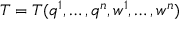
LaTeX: T = T ( q ^ { 1 } , \ldots , q ^ { n } , w ^ { 1 } , \ldots , w ^ { n } )